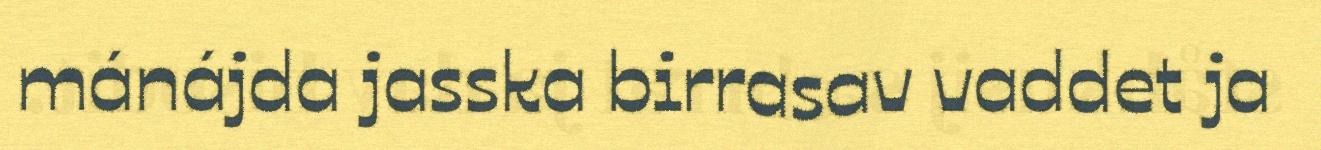
mánájda jasska birrasav vaddet ja